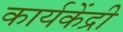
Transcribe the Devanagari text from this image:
कार्यकेंद्री